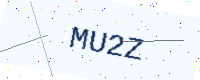
Text: MU2Z